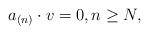
LaTeX: \begin{align*} a_{(n)}\cdot v=0,n\geq N,\end{align*}